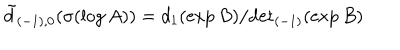
LaTeX: \tilde { d } _ { ( - 1 ) , 0 } ( \sigma ( \log A ) ) = d _ { 1 } ( \exp B ) / { \det } _ { ( - 1 ) } ( \exp B )